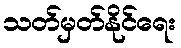
သတ်မှတ်နိုင်ရေး